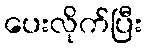
ပေးလိုက်ပြီး